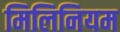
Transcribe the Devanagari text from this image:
मिलिनियम